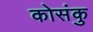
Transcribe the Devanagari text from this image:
कोसंकु